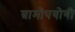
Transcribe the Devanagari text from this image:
ग्रामोपयोगी